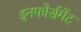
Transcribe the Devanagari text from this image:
इनफोर्समेंट